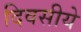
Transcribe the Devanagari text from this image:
दिवसीये